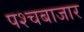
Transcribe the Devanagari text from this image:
पश्चबाजार